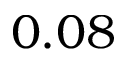
0 . 0 8